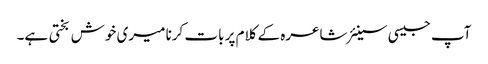
آپ جیسی سینئر شاعرہ کے کلام پر بات کرنا میری خوش بختی ہے۔